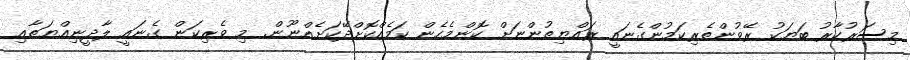
މިސަރުކާރު ބަޔަކު ރޭވުންތެރިކަމުންގެނައީ ރައްޔިތުންނަށް ކޮންމެހެން ކަމެއްކޮށްދޭކަށެއްނޫން. މި ވެރިކަން ގެނައީ ލާދީނިއްޔަތާއި